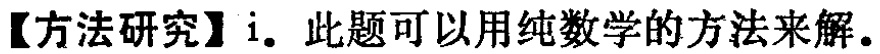
【方法研究】i. 此题可以用纯数学的方法来解.